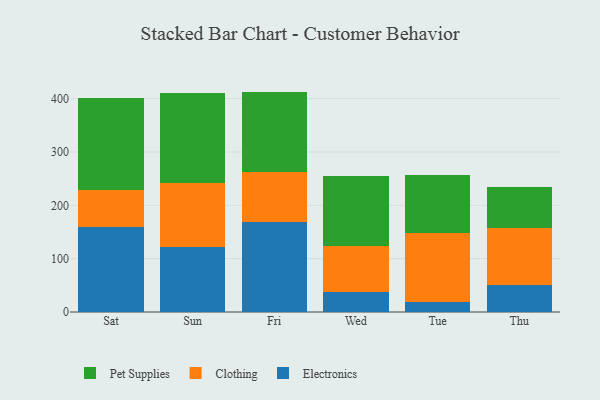
{"axis": {"x": "Day", "y": "Gross Profit (USD K)"}, "legend": ["Clothing", "Electronics", "Pet Supplies"], "data": [{"x": "Sat", "y": 159.2, "type": "Electronics"}, {"x": "Sat", "y": 69.7, "type": "Clothing"}, {"x": "Sat", "y": 173.0, "type": "Pet Supplies"}, {"x": "Sun", "y": 122.4, "type": "Electronics"}, {"x": "Sun", "y": 120.1, "type": "Clothing"}, {"x": "Sun", "y": 168.4, "type": "Pet Supplies"}, {"x": "Fri", "y": 169.2, "type": "Electronics"}, {"x": "Fri", "y": 92.6, "type": "Clothing"}, {"x": "Fri", "y": 151.4, "type": "Pet Supplies"}, {"x": "Wed", "y": 37.3, "type": "Electronics"}, {"x": "Wed", "y": 86.0, "type": "Clothing"}, {"x": "Wed", "y": 131.1, "type": "Pet Supplies"}, {"x": "Tue", "y": 18.6, "type": "Electronics"}, {"x": "Tue", "y": 129.8, "type": "Clothing"}, {"x": "Tue", "y": 109.0, "type": "Pet Supplies"}, {"x": "Thu", "y": 51.1, "type": "Electronics"}, {"x": "Thu", "y": 106.4, "type": "Clothing"}, {"x": "Thu", "y": 76.1, "type": "Pet Supplies"}]}